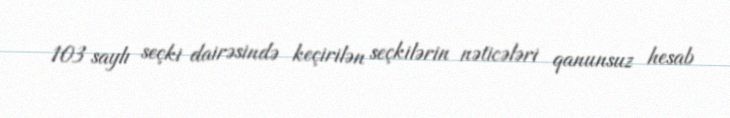
103 saylı seçki dairəsində keçirilən seçkilərin nəticələri qanunsuz hesab